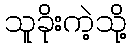
သူခိုးကဲ့သို့